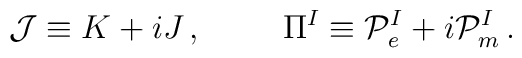
{\cal J}\equiv K+iJ\, ,\hspace{1cm}\Pi^{I} \equiv {\cal P}_{e}^{I} + i{\cal P}_{m}^{I}\, .